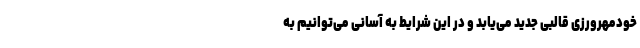
خودمهرورزی قالبی جدید می‌یابد و در این شرایط به آسانی می‌توانیم به